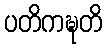
ပတိကဍ္ဎတိ